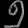
Digit: ၅